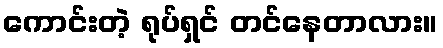
ကောင်းတဲ့ ရုပ်ရှင် တင်နေတာလား။